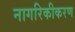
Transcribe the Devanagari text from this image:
नागरिकीकरण